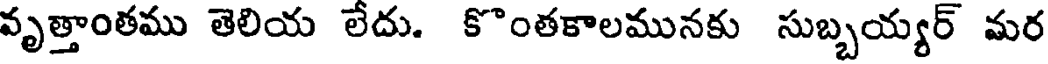
వృత్తాంతము తెలియ లేదు. కొంతకాలమునకు సుబ్బయ్యర్ మర